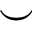
\smile